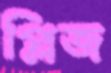
প্লিজ